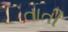
તાતી